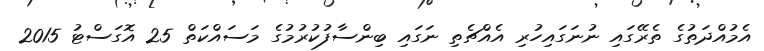
އެމުއްދަތުގެ ތެރޭގައި ނުނަގައިހުރި އެއްޗެތި ނަގައި ބިންސާފުކުރުމުގެ މަސައްކަތް 25 އޮގަސްޓު 2015